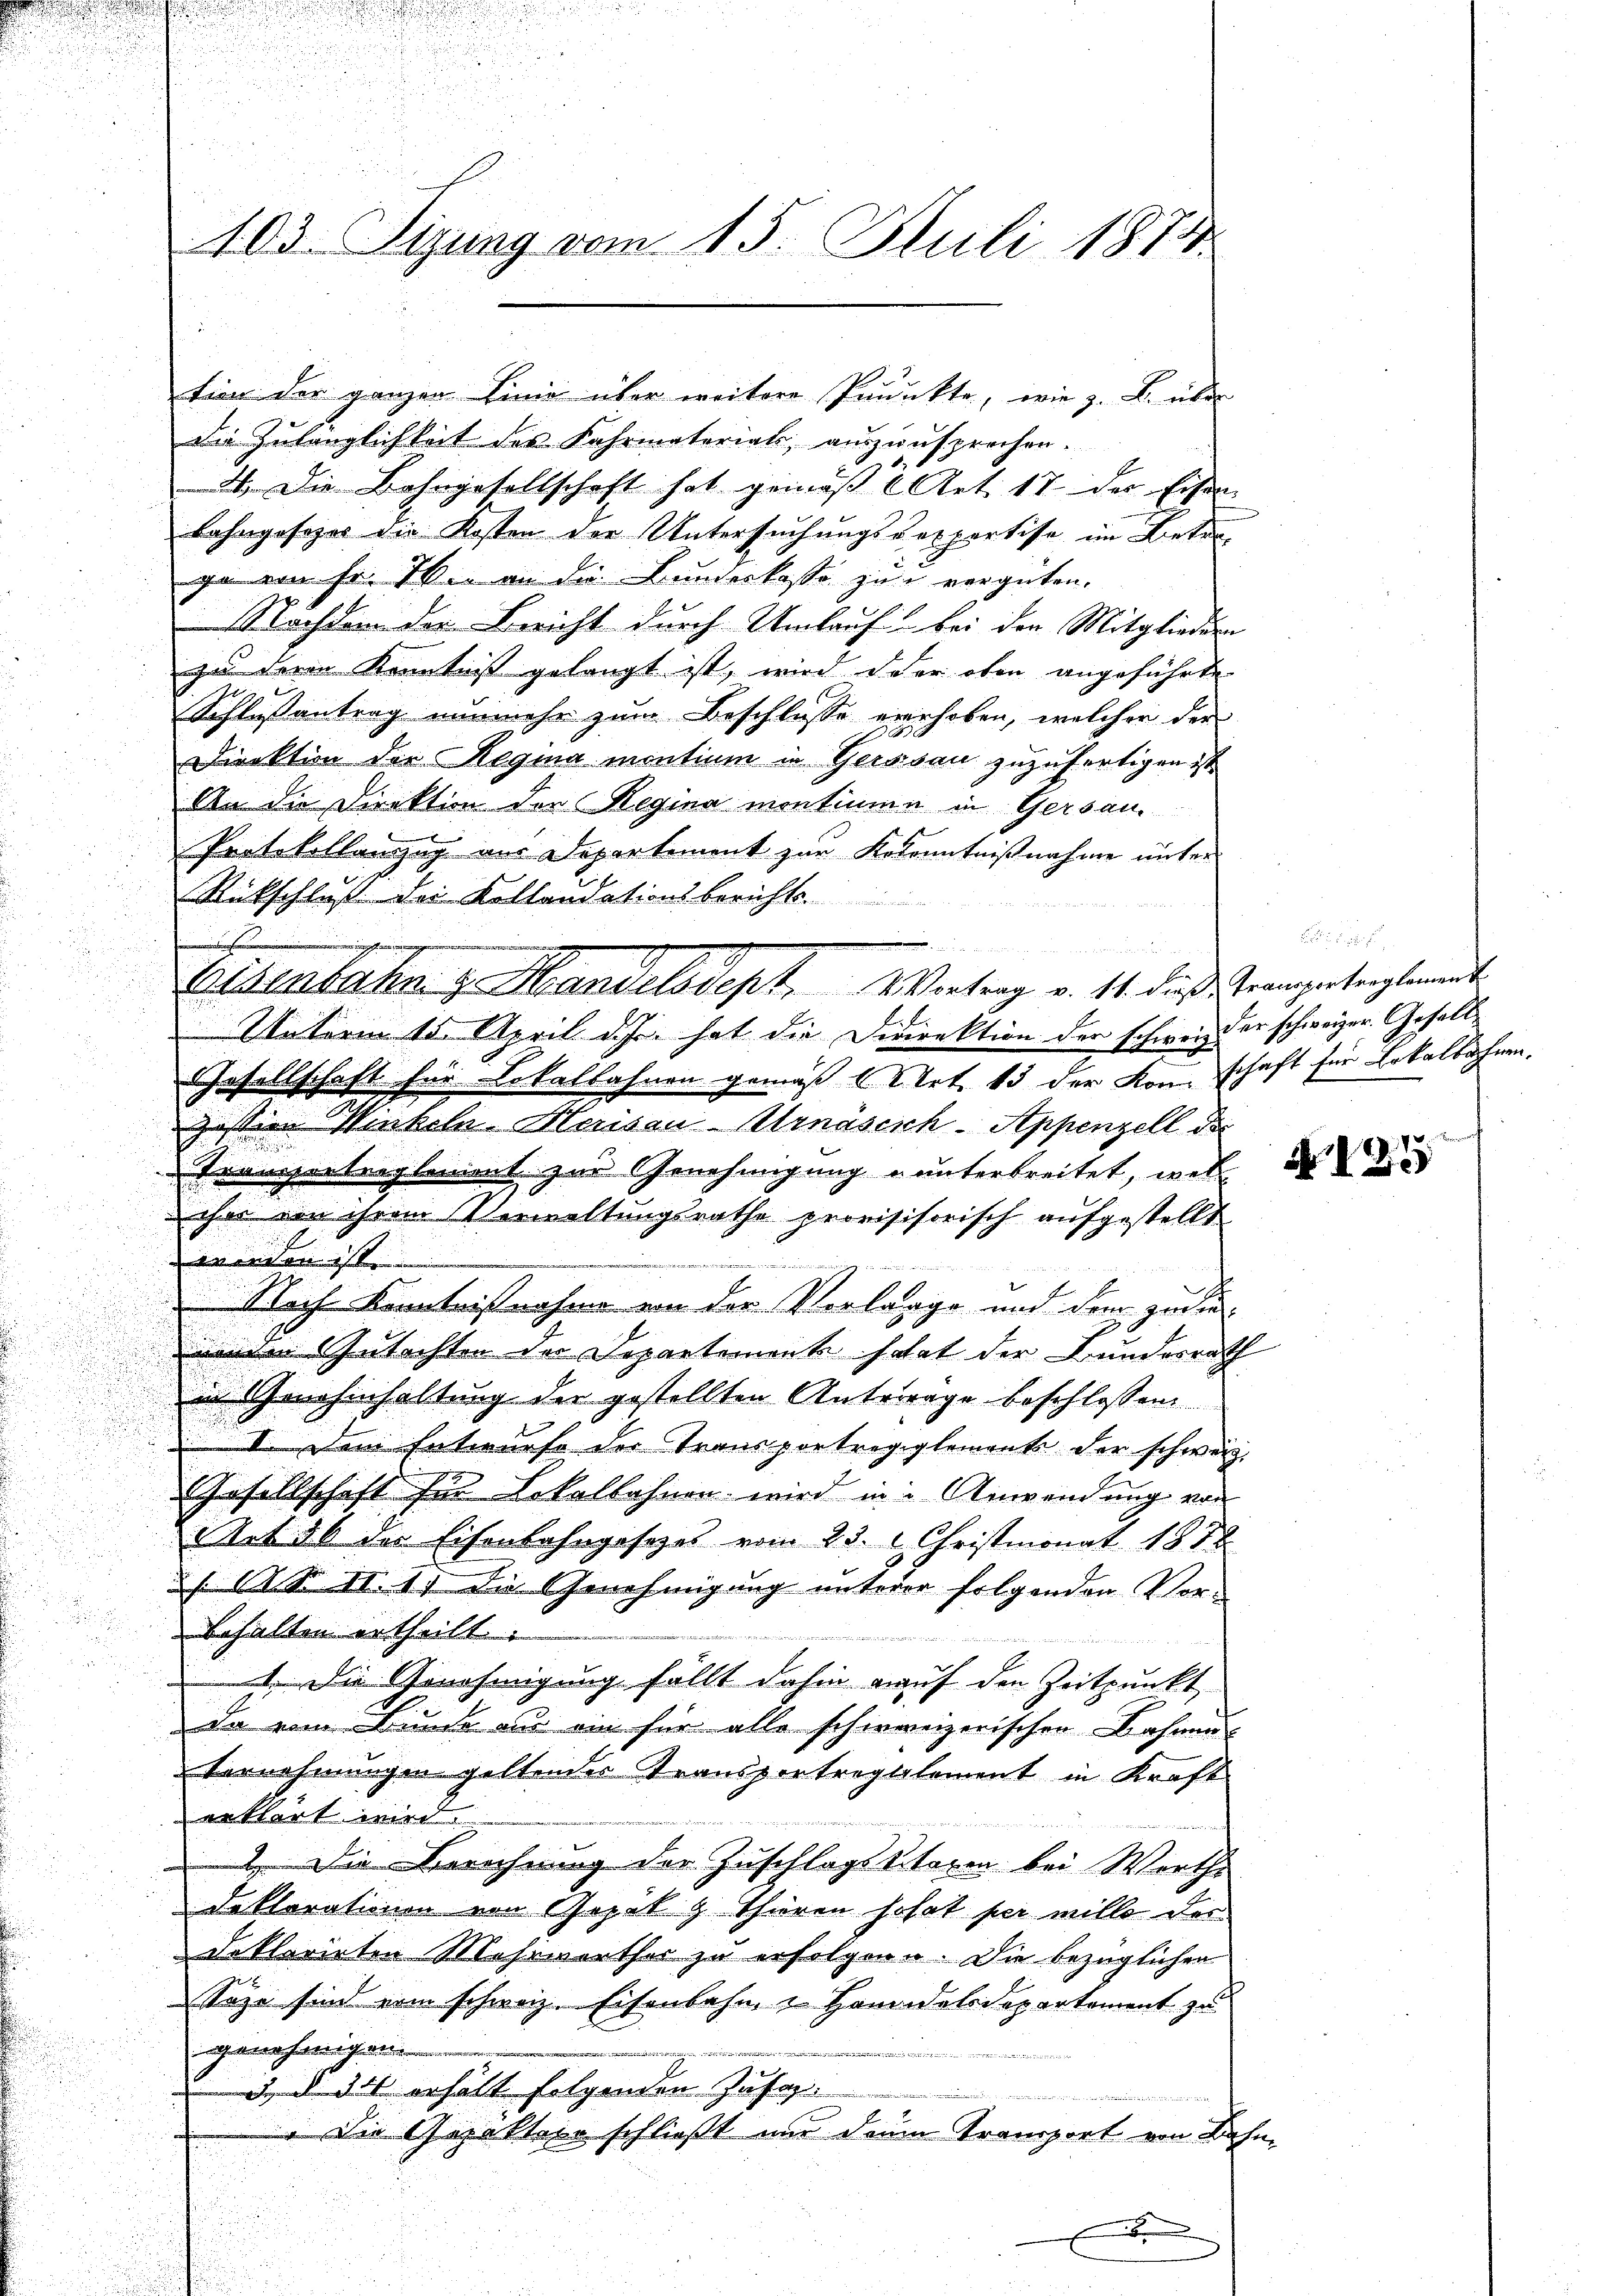
tion der ganzen Linie über weitere Prunkte, wie z. B. über
die Zulänglichkeit des Fahrmaterials, auszusprechen.
34. Die Bahngesellschaft hat gemäß 6 Art. 17 der Eisen-
bahngesezer die Kosten der Untersuchungsvexportise im Betrega von Fr. Wie an die Bunderlasse zu vergüten.
Nachdem der Bericht durch Umlauf bei der Mitgliedern
zu deren Kenntnis gelangt ist, wird daher oben angeführte
 x
Schlussantrag nunmehr zum Beschlusse einehoben, welcher der
Direktion der Regia mentium in Gerssau zuzufertigen ist
An die Direktion den Regina mentiume in Gersau¬
Protokollanzug aus Departement zur Kekenntnißnahme unter
Rückschluß der Kollaudationsberichts
 ich an ein
Unterm 15. April d.J. hat die Divirektion der schweiz der schweizer. Gesell¬
Gesellschaft für Lokalbahnen gemäß Art. 13 der Konschaft für Lokalbahnen.
Zession Winkeln, Marisau-Arnäsisch-Appenzell die
Transportreglement zur Genehmigung u unterbreitet, wel
iher von ihrem Verwaltungsrathe provisisorisch aufgestellt
werden ist

s
Nach Kenntnißnahme von der Verlange und dem zu die
von den Gutachten der Departemente solat der Bundesrath
in Genehmhaltung der gestellten Anträge beschlossen:
I. Dem Entwurfe der Transportregiglement der schweiz.
Gesellschaft für Lokallohnen wird in Anwendung von
Art 36 der Eisenbahngesezes vom 23. Christmonat 1818.
§. 1. II. 17. Die Genehmigung unterer folgenden Vorbehalten ertheilt.
.
1. Die Genehmigung fällt dahin auf den Zeitpunkt
Da vom Bunde an ein für alle schweizerischen Bahnen-
Vernehmungen geltender Transportreglement in Kraft
erklärt wird.
2. Die Berechnung der Zuschlagssitoren bei Werthe
Dektorationen von Gepät g. Thieren so hat per mille des
detlerieten Mehrworther zu erfolgen. Die bezüglichen
Saze sind vom schweiz. Eisenbahn, u. Handelsdepartement zu
genehmigen
47
3) die 334 erhält folgenden Zusag
n
 ener der se
" Die Gepaktere schließt nur dein Transport von Bahn
x

403. Tizung vom 15. Juli 1874

Eisenbahn. v. Handelsdept. Vertrag v. 11. die Krampertengemeint.

12.